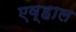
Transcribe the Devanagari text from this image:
एव्हाल